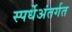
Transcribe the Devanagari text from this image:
स्पर्धेअंतर्गत